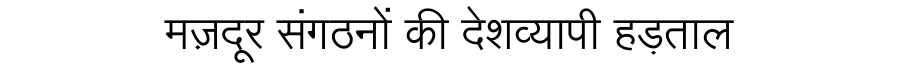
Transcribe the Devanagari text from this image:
मज़दूर संगठनों की देशव्यापी हड़ताल